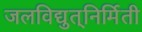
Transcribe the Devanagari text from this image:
जलविद्युत्‌निर्मिती